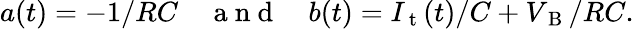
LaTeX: a(t)=-1/RC\quad\mathrm{~a~n~d~}\quad b(t)=I_{\mathrm{~t~}}(t)/C+V_{\mathrm{~B~}}/RC.